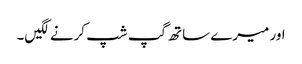
اور میرے ساتھ گپ شپ کرنے لگیں۔